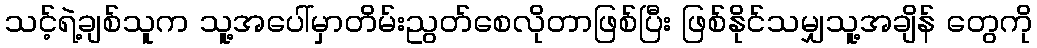
သင့်ရဲ့ချစ်သူက သူ့အပေါ်မှာတိမ်းညွတ်စေလိုတာဖြစ်ပြီး ဖြစ်နိုင်သမျှသူ့အချိန် တွေကို